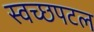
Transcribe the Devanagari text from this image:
स्वच्छपटल